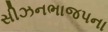
સીઝનભાજપના